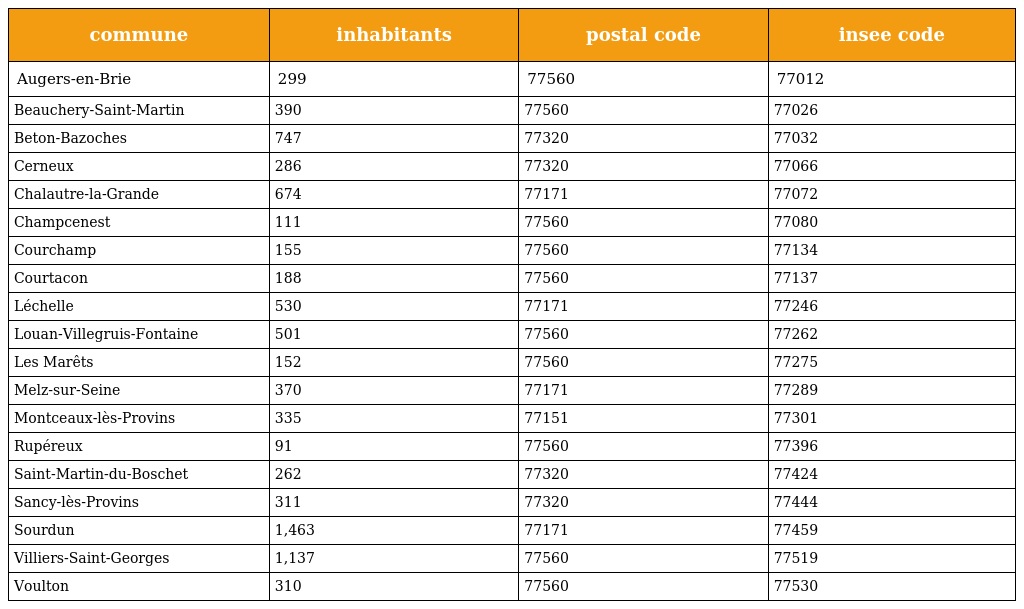
| commune | inhabitants | postal code | insee code |
 | --- | --- | --- | --- |
 | Augers-en-Brie | 299 | 77560 | 77012 |
 | Beauchery-Saint-Martin | 390 | 77560 | 77026 |
 | Beton-Bazoches | 747 | 77320 | 77032 |
 | Cerneux | 286 | 77320 | 77066 |
 | Chalautre-la-Grande | 674 | 77171 | 77072 |
 | Champcenest | 111 | 77560 | 77080 |
 | Courchamp | 155 | 77560 | 77134 |
 | Courtacon | 188 | 77560 | 77137 |
 | Léchelle | 530 | 77171 | 77246 |
 | Louan-Villegruis-Fontaine | 501 | 77560 | 77262 |
 | Les Marêts | 152 | 77560 | 77275 |
 | Melz-sur-Seine | 370 | 77171 | 77289 |
 | Montceaux-lès-Provins | 335 | 77151 | 77301 |
 | Rupéreux | 91 | 77560 | 77396 |
 | Saint-Martin-du-Boschet | 262 | 77320 | 77424 |
 | Sancy-lès-Provins | 311 | 77320 | 77444 |
 | Sourdun | 1,463 | 77171 | 77459 |
 | Villiers-Saint-Georges | 1,137 | 77560 | 77519 |
 | Voulton | 310 | 77560 | 77530 |